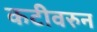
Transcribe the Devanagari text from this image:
कटीवरुन